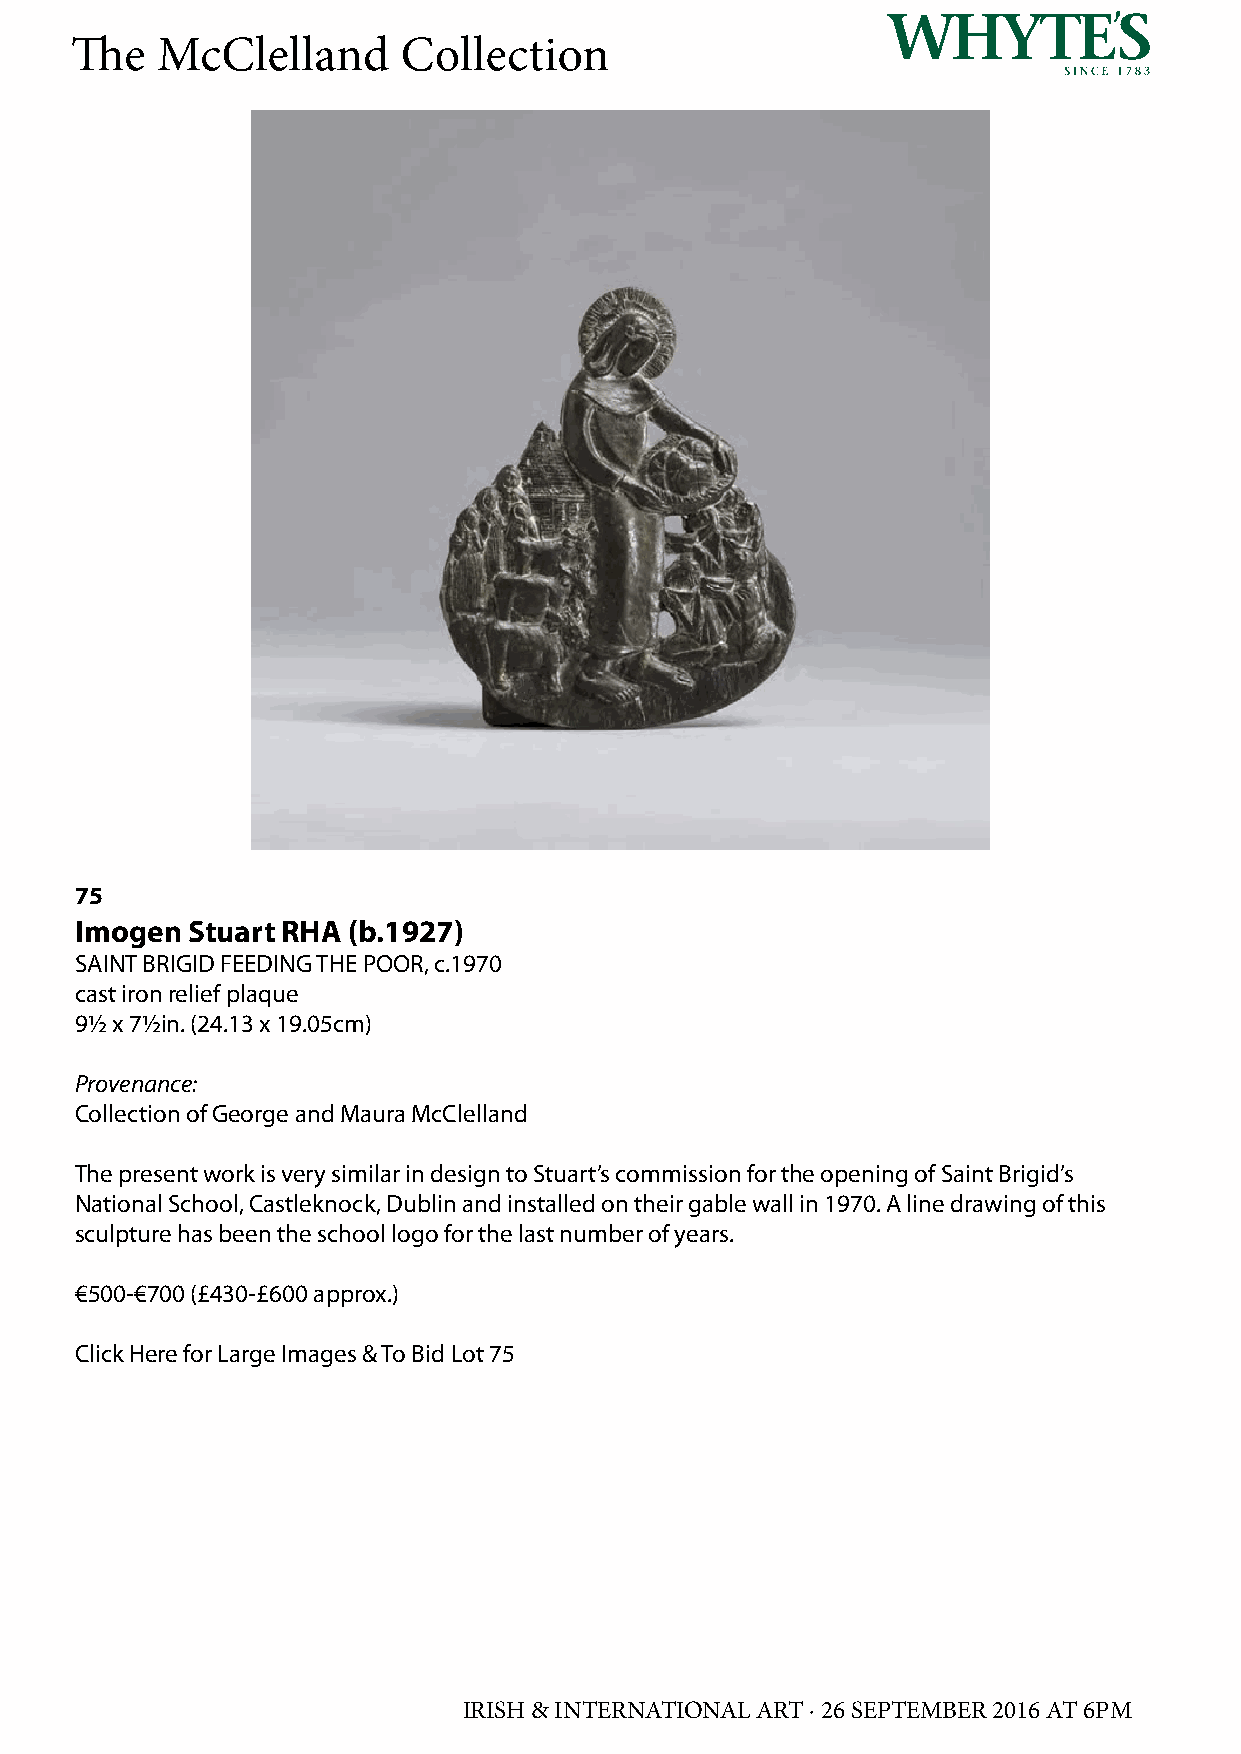
The  McClelland       Collection
 75
 Imogen Stuart RHA (b.1927)
 SAINT BRIGID FEEDING THE POOR, c.1970
 cast iron relief plaque
 9½ x 7½in. (24.13 x 19.05cm)
 Provenance:
 Collection of George and Maura McClelland
 The present work is very similar in design to Stuart’s commission for the opening of Saint Brigid’s
 National School, Castleknock, Dublin and installed on their gable wall in 1970. A line drawing of this
 sculpture has been the school logo for the last number of years.
 €500-€700 (£430-£600 approx.)
 Click Here for Large Images & To Bid Lot 75
 IRISH & INTERNATIONAL ART · 26 SEPTEMBER 2016 AT 6PM